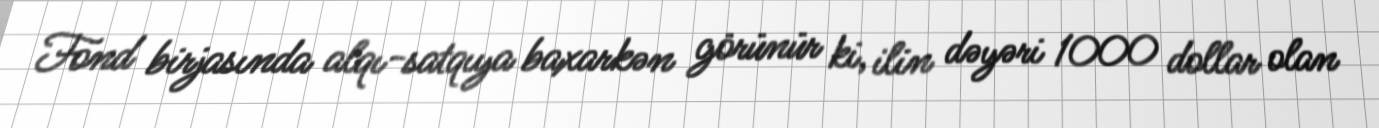
Fond birjasında alqı-satqıya baxarkən görünür ki, ilin dəyəri 1000 dollar olan